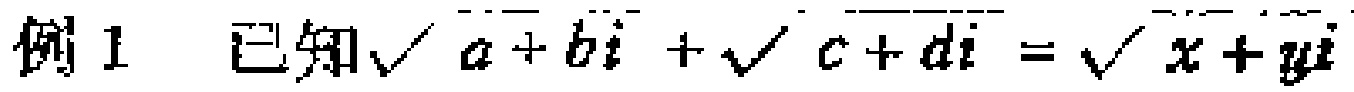
例1 已知\(\sqrt{a + bi}+\sqrt{c + di}=\sqrt{x + yi}\)